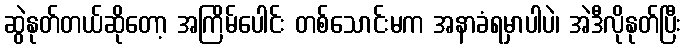
ဆွဲနုတ်တယ်ဆိုတော့ အကြိမ်ပေါင်း တစ်သောင်းမက အနာခံရမှာပါပဲ၊ အဲဒီလိုနုတ်ပြီး